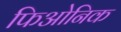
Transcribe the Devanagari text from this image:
फिओनिक